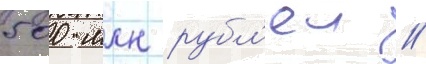
500 млн рубл'еи //